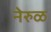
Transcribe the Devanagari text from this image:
नेरुळ